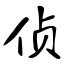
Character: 侦